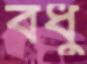
বধু